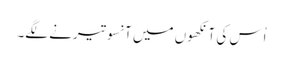
اُس کی آنکھوں میں آنسو تیرنے لگے۔